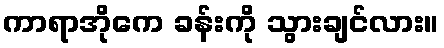
ကာရာအိုကေ ခန်းကို သွားချင်လား။